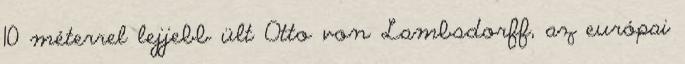
10 méterrel lejjebb ült Otto von Lambsdorff, az európai